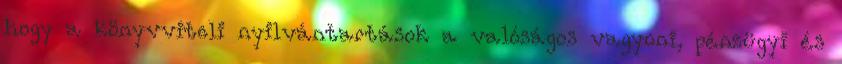
hogy a könyvviteli nyilvántartások a valóságos vagyoni, pénzügyi és